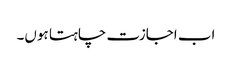
اب اجازت چاہتا ہوں۔